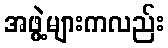
အဖွဲ့များကလည်း